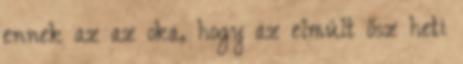
ennek az az oka, hogy az elmúlt ősz heti